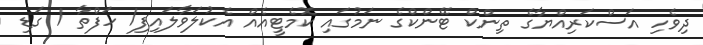
ދިވެހި އަސްކަރިއްޔާގެ ތިންކް ޓޭންކްގެ ނަމުގައި ކޮމެޓީއެއް އެކުލަވާލައިފި1 ހަފްތާ 1 ގަޑި